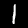
Label: 1